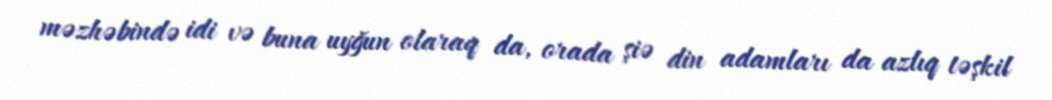
məzhəbində idi və buna uyğun olaraq da, orada şiə din adamları da azlıq təşkil